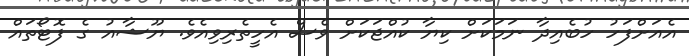
އެއަށްފަހު ހުބެއިދާ ނަމަކަށް ކިޔާ ކުއްޖަކަށް ވެސް އެހީތެރިވިއެވެ. ޔޫޝާއު ގެ ފޮޓޯތައް